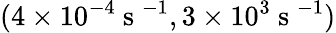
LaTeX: (4\times 10^{-4}\mathrm{~s~}^{-1},3\times 10^{3}\mathrm{~s~}^{-1})